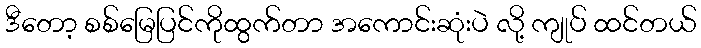
ဒီတော့ စစ်မြေပြင်ကိုထွက်တာ အကောင်းဆုံးပဲ လို့ ကျုပ် ထင်တယ်